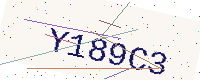
Text: Y189C3